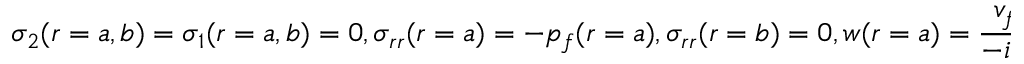
\sigma _ { 2 } ( r = a , b ) = \sigma _ { 1 } ( r = a , b ) = 0 , \sigma _ { r r } ( r = a ) = - p _ { f } ( r = a ) , \sigma _ { r r } ( r = b ) = 0 , w ( r = a ) = \frac { v _ { f } } { - i \omega }